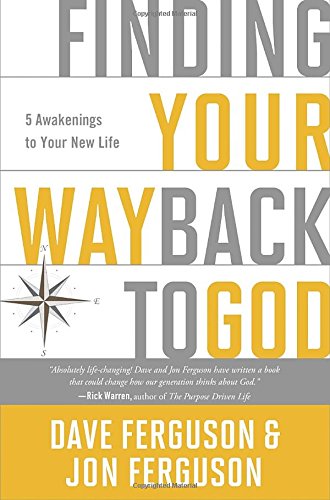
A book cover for Finding Your Way Back to God: Five Awakenings to Your New Life; Dave Ferguson; Christian Books & Bibles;